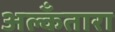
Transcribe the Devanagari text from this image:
अल्कँतारा